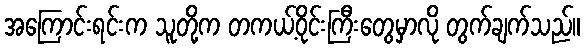
အကြောင်းရင်းက သူတို့က တကယ့်ဝိုင်းကြီးတွေမှာလို တွက်ချက်သည်။